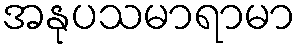
အနုပသမာရာမာ